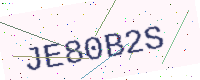
Text: JE80B2S